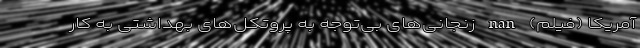
آمریکا (فیلم) nan زنجانی‌های بی‌توجه به پروتکل‌های بهداشتی به کار